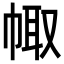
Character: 𢃣